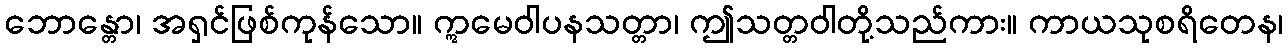
ဘောန္တော၊ အရှင်ဖြစ်ကုန်သော။ ဣမေဝါပနသတ္တာ၊ ဤသတ္တဝါတို့သည်ကား။ ကာယသုစရိတေန၊